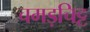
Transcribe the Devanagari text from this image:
चमड़चिट्ट